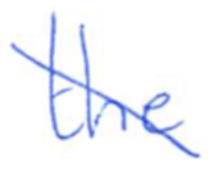
Text: the
Cross-out: diagonal
Writing tool: ballpoint